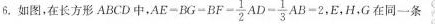
6.如图，在长方形ABCD中， $$AE = BG = BF = \frac { 1 } { 2 } AD = \frac { 1 } { 3} AB = 2$$ ，E,H.G在同一条